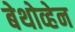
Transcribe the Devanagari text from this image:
बेथोव्हेन